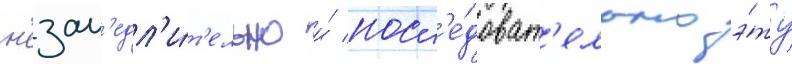
н'езам'едл'и́т'ельно и́ посл'е́доват'ельно э́ту